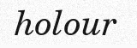
holour